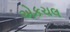
એકચલ